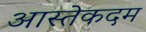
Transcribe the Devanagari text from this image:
आस्तेकदम